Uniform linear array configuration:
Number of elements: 16
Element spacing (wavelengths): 0.25
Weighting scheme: uniform
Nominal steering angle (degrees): -15
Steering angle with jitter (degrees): -14.624
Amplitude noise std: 0.05
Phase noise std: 0.05

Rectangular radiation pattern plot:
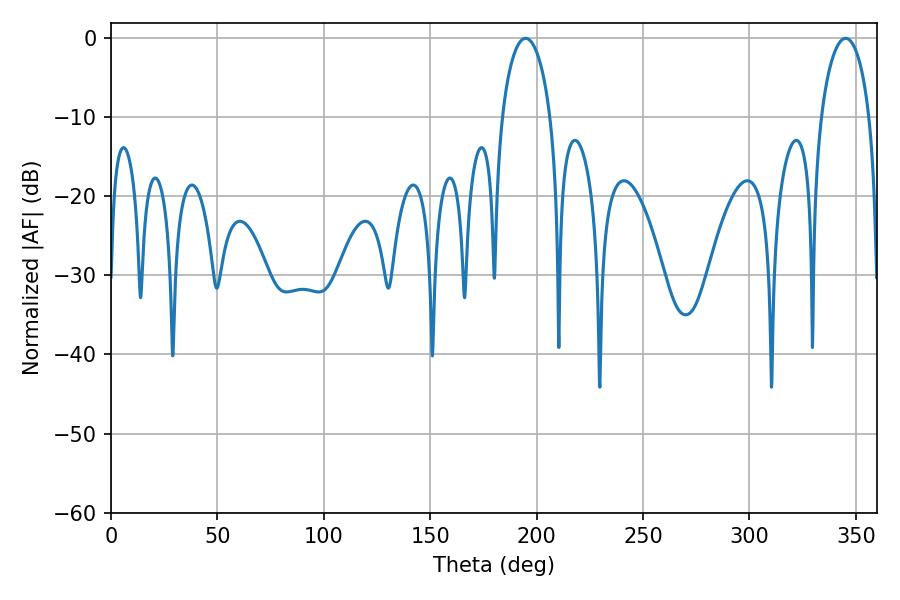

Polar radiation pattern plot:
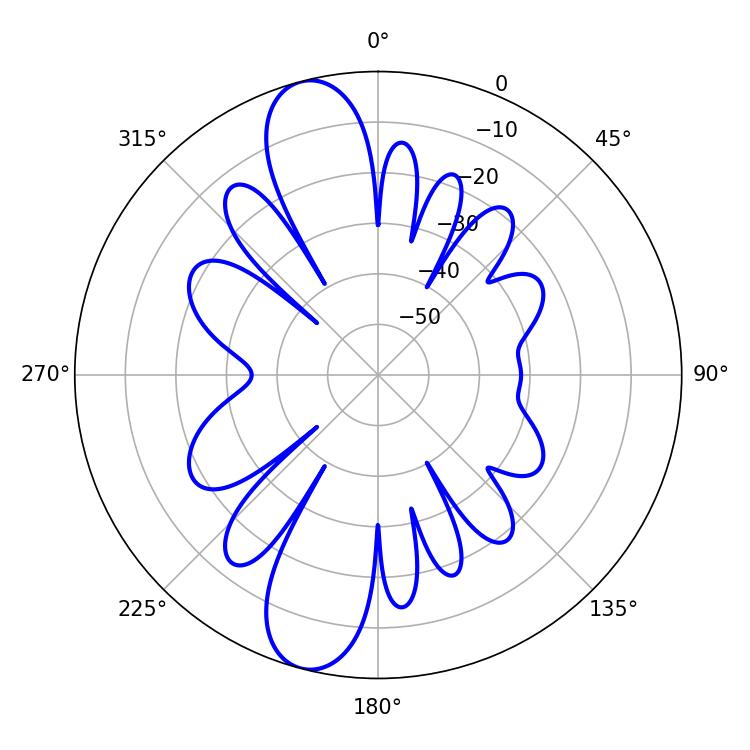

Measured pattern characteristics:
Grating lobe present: FALSE
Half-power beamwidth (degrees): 13.14
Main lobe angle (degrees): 194.76